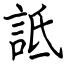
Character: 詆